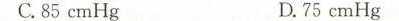
C.85cmHg D.75cmHg